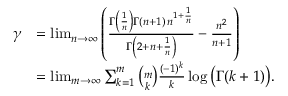
{ \begin{array} { r l } { \gamma } & { = \operatorname* { l i m } _ { n \to \infty } \left( { \frac { \Gamma \left( { \frac { 1 } { n } } \right) \Gamma ( n + 1 ) \, n ^ { 1 + { \frac { 1 } { n } } } } { \Gamma \left( 2 + n + { \frac { 1 } { n } } \right) } } - { \frac { n ^ { 2 } } { n + 1 } } \right) } \\ & { = \operatorname* { l i m } _ { m \to \infty } \sum _ { k = 1 } ^ { m } { \binom { m } { k } } { \frac { ( - 1 ) ^ { k } } { k } } \log { \big ( } \Gamma ( k + 1 ) { \big ) } . } \end{array} }